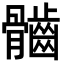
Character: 𩪲